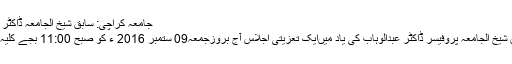
جامعہ کراچی: سابق شیخ الجامعہ ڈاکٹر عبدالوہاب کی یاد میں تعزیتی اجلاس آج ہوگا
کراچی:(نیوزآن لائن)جامعہ کراچی کے سابق شیخ الجامعہ پروفیسر ڈاکٹر عبدالوہاب کی یاد میںایک تعزیتی اجلاس آج بروزجمعہ09 ستمبر 2016 ء کو صبح 11:00 بجے کلیہ سماجی علوم کی سماعت گاہ میں منعقد ہوگا۔